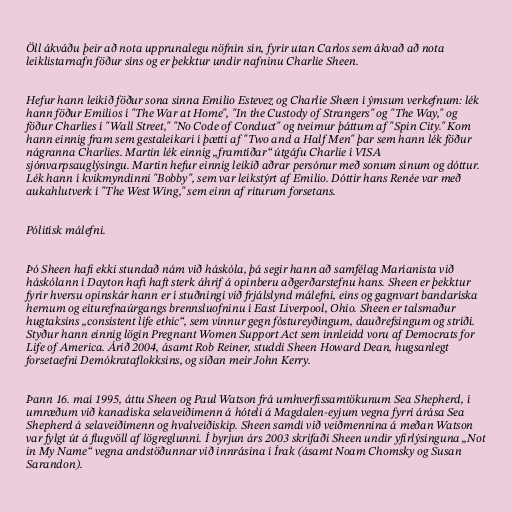
Öll ákváðu þeir að nota upprunalegu nöfnin sín, fyrir utan Carlos sem ákvað að nota
leiklistarnafn föður síns og er þekktur undir nafninu Charlie Sheen.

Hefur hann leikið föður sona sinna Emilio Estevez og Charlie Sheen í ýmsum verkefnum: lék
hann föður Emilios í "The War at Home", "In the Custody of Strangers" og "The Way," og
föður Charlies í "Wall Street," "No Code of Conduct" og tveimur þáttum af "Spin City." Kom
hann einnig fram sem gestaleikari í þætti af "Two and a Half Men" þar sem hann lék föður
nágranna Charlies. Martin lék einnig „framtíðar“ útgáfu Charlie í VISA
sjónvarpsauglýsingu. Martin hefur einnig leikið aðrar persónur með sonum sínum og dóttur.
Lék hann í kvikmyndinni "Bobby", sem var leikstýrt af Emilio. Dóttir hans Renée var með
aukahlutverk í "The West Wing," sem einn af riturum forsetans.

Pólitísk málefni.

Þó Sheen hafi ekki stundað nám við háskóla, þá segir hann að samfélag Maríanista við
háskólann í Dayton hafi haft sterk áhrif á opinberu aðgerðarstefnu hans. Sheen er þekktur
fyrir hversu opinskár hann er í stuðningi við frjálslynd málefni, eins og gagnvart bandaríska
hernum og eiturefnaúrgangs brennsluofninu í East Liverpool, Ohio. Sheen er talsmaður
hugtaksins „consistent life ethic“, sem vinnur gegn fóstureyðingum, dauðrefsingum og stríði.
Styður hann einnig lögin Pregnant Women Support Act sem innleidd voru af Democrats for
Life of America. Árið 2004, ásamt Rob Reiner, studdi Sheen Howard Dean, hugsanlegt
forsetaefni Demókrataflokksins, og síðan meir John Kerry.

Þann 16. maí 1995, áttu Sheen og Paul Watson frá umhverfissamtökunum Sea Shepherd, í
umræðum við kanadíska selaveiðimenn á hóteli á Magdalen-eyjum vegna fyrri árása Sea
Shepherd á selaveiðimenn og hvalveiðiskip. Sheen samdi við veiðmennina á meðan Watson
var fylgt út á flugvöll af lögreglunni. Í byrjun árs 2003 skrifaði Sheen undir yfirlýsinguna „Not
in My Name“ vegna andstöðunnar við innrásina í Írak (ásamt Noam Chomsky og Susan
Sarandon).